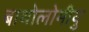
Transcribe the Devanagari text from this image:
बाथोलोमीयु